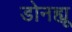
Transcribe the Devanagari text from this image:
डोनह्यू